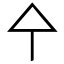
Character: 㐃